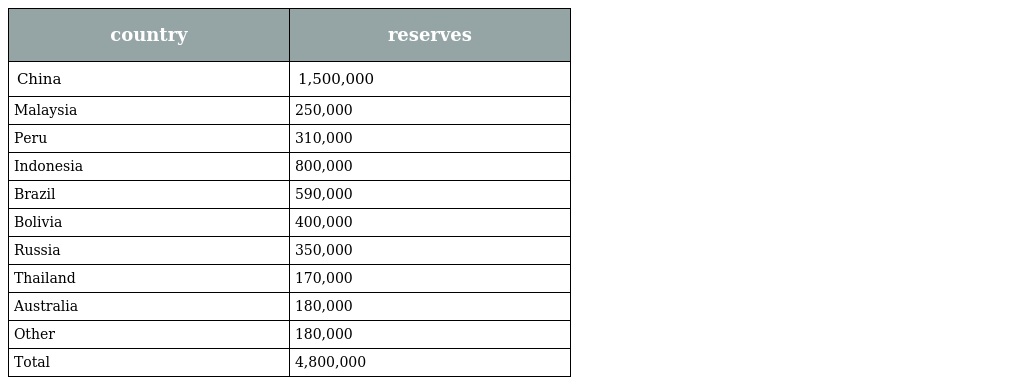
| country | reserves |
 | --- | --- |
 | China | 1,500,000 |
 | Malaysia | 250,000 |
 | Peru | 310,000 |
 | Indonesia | 800,000 |
 | Brazil | 590,000 |
 | Bolivia | 400,000 |
 | Russia | 350,000 |
 | Thailand | 170,000 |
 | Australia | 180,000 |
 | Other | 180,000 |
 | Total | 4,800,000 |